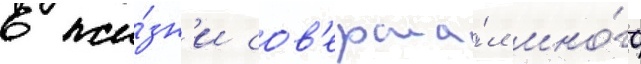
в жи́зн'и сов'ерша́л мно́го